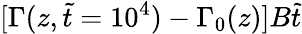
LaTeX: [\Gamma(z,\tilde{t}=10^{4})-\Gamma_{0}(z)]B\tilde{t}